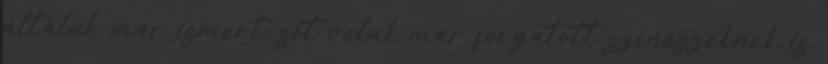
általuk már ismert, sőt velük már forgatott színészeknek is